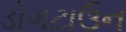
ડોગટાઉન